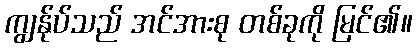
ကျွန်ုပ်သည် အင်အားစု တစ်ခုကို မြင်၏။